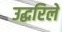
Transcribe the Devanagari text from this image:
उद्धरिले